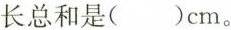
长总和是( )cm。